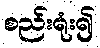
စည်းရုံး၍